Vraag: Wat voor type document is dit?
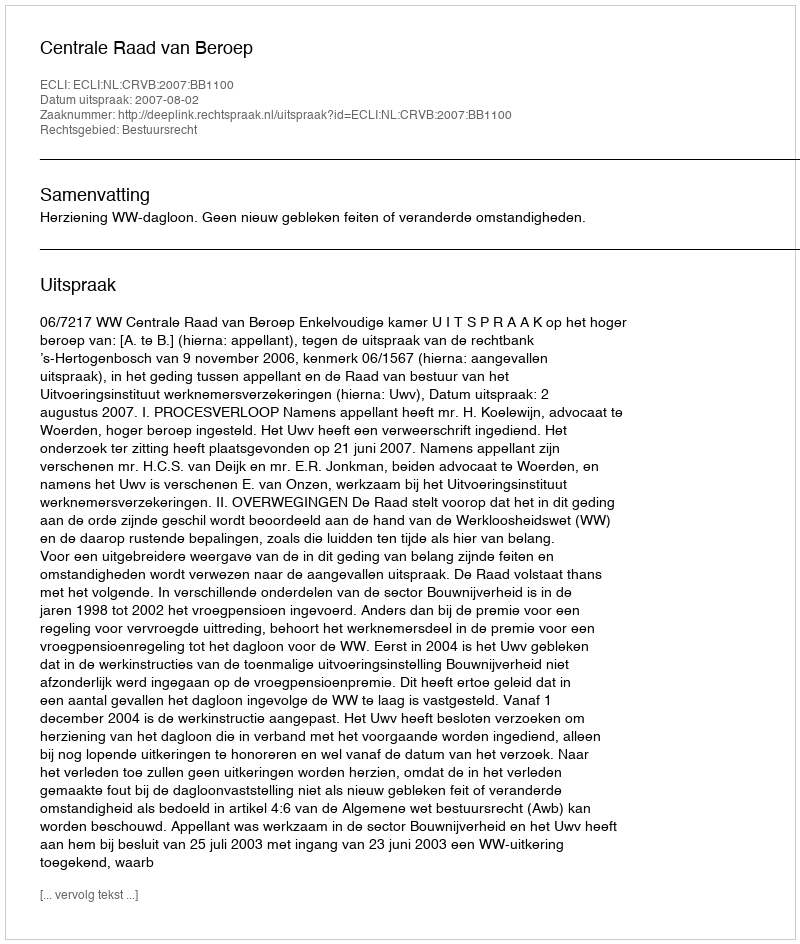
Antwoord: Uitspraak